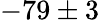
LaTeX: -79\pm 3